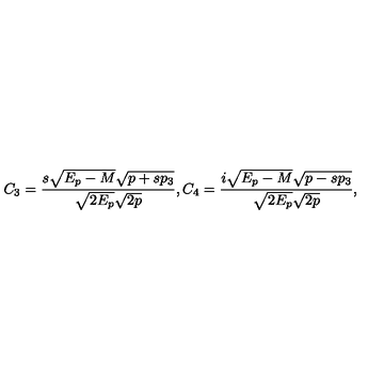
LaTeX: C _ { 3 } = { \frac { s \sqrt { E _ { p } - M } \sqrt { p + s p _ { 3 } } } { \sqrt { 2 E _ { p } } \sqrt { 2 p } } } , C _ { 4 } = { \frac { i \sqrt { E _ { p } - M } \sqrt { p - s p _ { 3 } } } { \sqrt { 2 E _ { p } } \sqrt { 2 p } } } ,